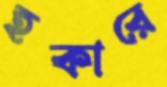
হকারে